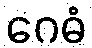
ဂေဓံ